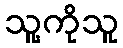
သူ့ကိုသူ